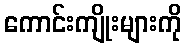
ကောင်းကျိုးများကို